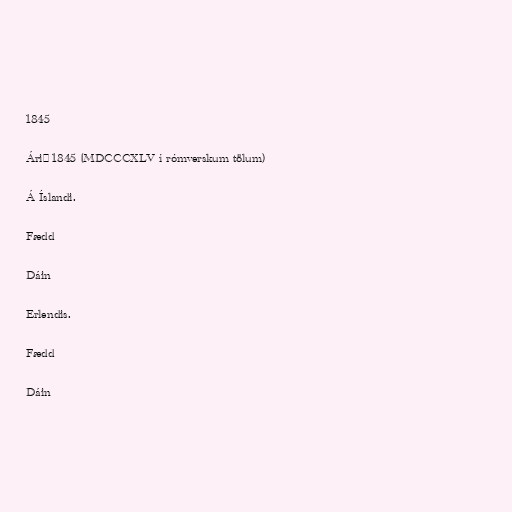
1845

Árið 1845 (MDCCCXLV í rómverskum tölum)

Á Íslandi.

Fædd

Dáin

Erlendis.

Fædd

Dáin